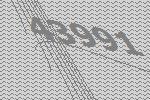
43991